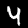
Label: 4